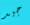
جيد